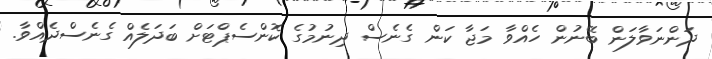
ދަންނަވާލަން ބޭނުން ހެއްވާ މަޖާ ކަން ގެނެސް ދިނުމުގެ ކޮންސެޕްޓަށް ބަދަލެއް ގެނެސްދެއްވާ.